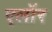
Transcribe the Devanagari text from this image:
एलॉर